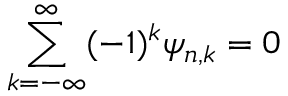
\sum _ { k = - \infty } ^ { \infty } ( - 1 ) ^ { k } \psi _ { n , k } = 0